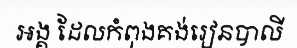
អង្គ ដែលកំពុងគង់រៀនបាលី